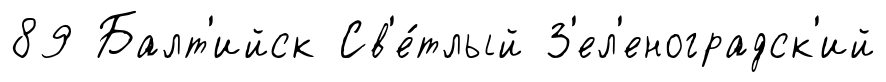
89 Балт'ийск Св'е́тлый З'ел'еноградск'ий